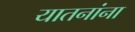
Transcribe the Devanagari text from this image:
यातनांना